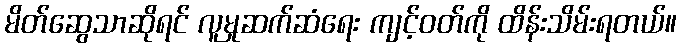
မိတ်ဆွေသာဆိုရင် လူမှုဆက်ဆံရေး ကျင့်ဝတ်ကို ထိန်းသိမ်းရတယ်။